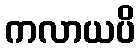
ကလာယပိ